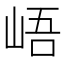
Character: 峿